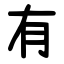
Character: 有